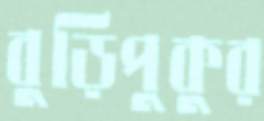
বুড়িপুকুর